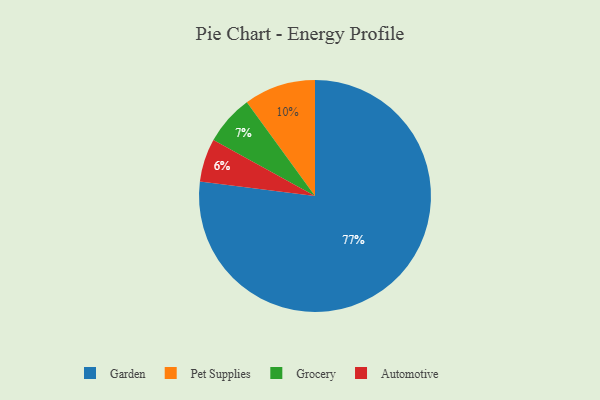
{"axis": {"x": "Category", "y": "Percentage"}, "legend": ["Automotive", "Garden", "Grocery", "Pet Supplies"], "data": [{"x": "Automotive", "y": 6, "type": "Automotive"}, {"x": "Grocery", "y": 7, "type": "Grocery"}, {"x": "Pet Supplies", "y": 10, "type": "Pet Supplies"}, {"x": "Garden", "y": 77, "type": "Garden"}]}